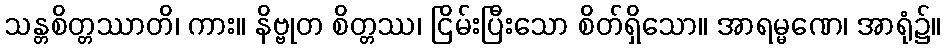
သန္တစိတ္တဿာတိ၊ ကား။ နိဗ္ဗုတ စိတ္တဿ၊ ငြိမ်းပြီးသော စိတ်ရှိသော။ အာရမ္မဏေ၊ အာရုံ၌။